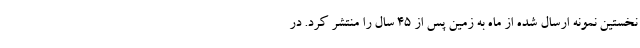
نخستین نمونه ارسال شده از ماه به زمین پس از ۴۵ سال را منتشر کرد. در